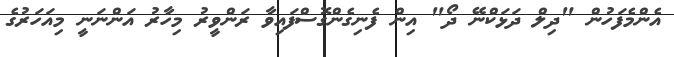
އެންމެފަހުން "ދިލް ދަޅަކްނޭ ދޯ" އިން ފެނިގެންގޮސްފައިވާ ރަންވީރު މިހާރު އަންނަނީ މިއަހަރުގެ